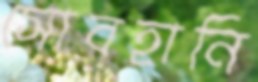
সোবহানি